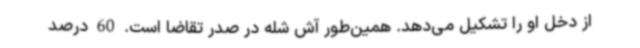
از دخل او را تشکیل می‌دهد. همین‌طور آش شله در صدر تقاضا است. 60 درصد